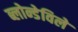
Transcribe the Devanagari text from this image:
ब्लोन्डेविले